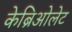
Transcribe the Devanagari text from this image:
केब्रिओलेट